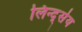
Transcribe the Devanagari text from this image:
लिन्द्सेय